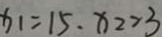
x _ { 1 } = 1 5 . x _ { 2 } = 3